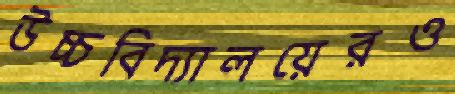
উচ্চবিদ্যালয়েরও